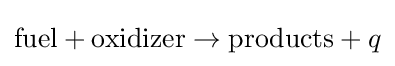
{\text{fuel}}+{\text{oxidizer}}\rightarrow {\text{products}}+q